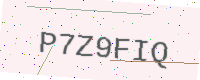
Text: P7Z9FIQ